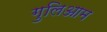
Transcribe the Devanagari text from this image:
गुलिआम